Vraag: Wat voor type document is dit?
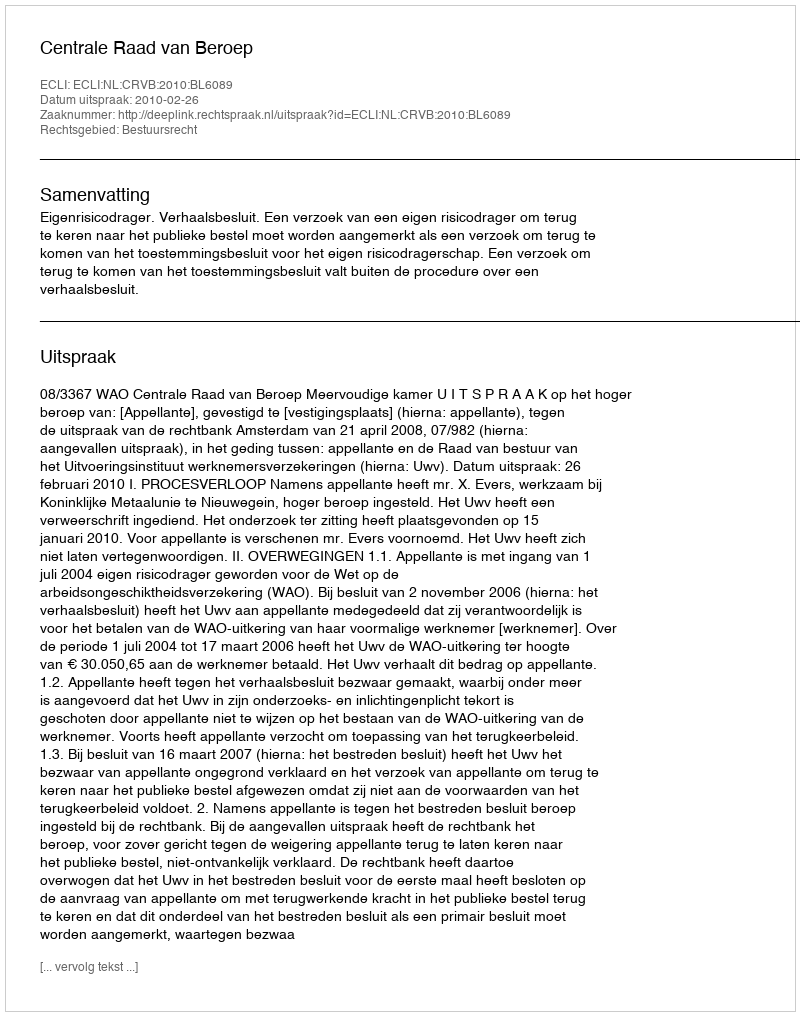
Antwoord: Uitspraak